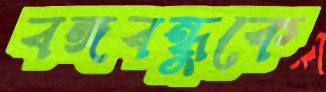
বঙ্গবন্ধুকে